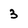
Character: 3